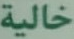
خالية